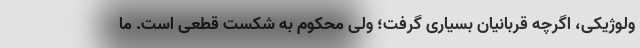
ولوژیکی، اگرچه قربانیان بسیاری گرفت؛ ولی محکوم به شکست قطعی است. ما